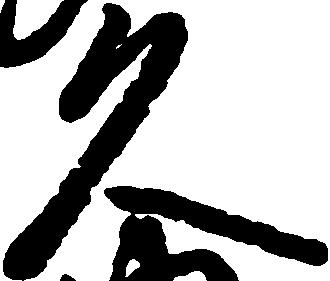
久